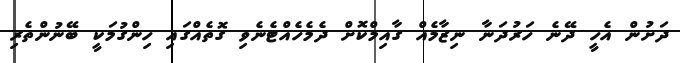
ދަށުން އެހީ ދޭނެ ހަރުދަނާ ނިޒާމެއް ގާއިމްކޮށް ދެމެހެއްޓެނެވި ގޮތެއްގައި ހިންގުމަކީ ބޭނުންތެރި